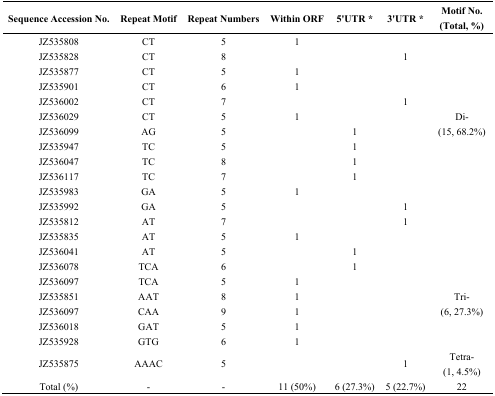
| Sequence Accession No. | Repeat Motif | Repeat Numbers | Within ORF | 5'UTR * | 3'UTR * | Motif No. (Total, %) |
 | --- | --- | --- | --- | --- | --- | --- |
 | JZ535808 | CT | 5 | 1 |  |  |  |
 | JZ535828 | CT | 8 |  |  | 1 |  |
 | JZ535877 | CT | 5 | 1 |  |  |  |
 | JZ535901 | CT | 6 | 1 |  |  |  |
 | JZ536002 | CT | 7 |  |  | 1 |  |
 | JZ536029 | CT | 5 | 1 |  |  | Di- |
 | JZ536099 | AG | 5 |  | 1 |  | (15, 68.2%) |
 | JZ535947 | TC | 5 |  | 1 |  |  |
 | JZ536047 | TC | 8 |  | 1 |  |  |
 | JZ536117 | TC | 7 |  | 1 |  |  |
 | JZ535983 | GA | 5 | 1 |  |  |  |
 | JZ535992 | GA | 5 |  |  | 1 |  |
 | JZ535812 | AT | 7 |  |  | 1 |  |
 | JZ535835 | AT | 5 | 1 |  |  |  |
 | JZ536041 | AT | 5 |  | 1 |  |  |
 | JZ536078 | TCA | 6 |  | 1 |  |  |
 | JZ536097 | TCA | 5 | 1 |  |  |  |
 | JZ535851 | AAT | 8 | 1 |  |  | Tri- |
 | JZ536097 | CAA | 9 | 1 |  |  | (6, 27.3%) |
 | JZ536018 | GAT | 5 | 1 |  |  |  |
 | JZ535928 | GTG | 6 | 1 |  |  |  |
 | <ROWSPAN=2> JZ535875 | <ROWSPAN=2> AAAC | <ROWSPAN=2> 5 | <ROWSPAN=2>  | <ROWSPAN=2>  | <ROWSPAN=2> 1 | Tetra- |
 | (1, 4.5%) |
 | Total (%) | - | - | 11 (50%) | 6 (27.3%) | 5 (22.7%) | 22 |